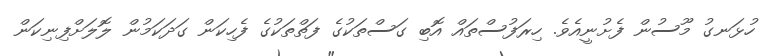
ހުޅަނގު މޫސުން ފެށުނީއެވެ. ހިރަފުސްތައް އޮބި ގަސްތަކުގެ ފަތްތަކުގެ ފެހިކަން ގަދަކަމުން ލޮލަށްފިނިކަން